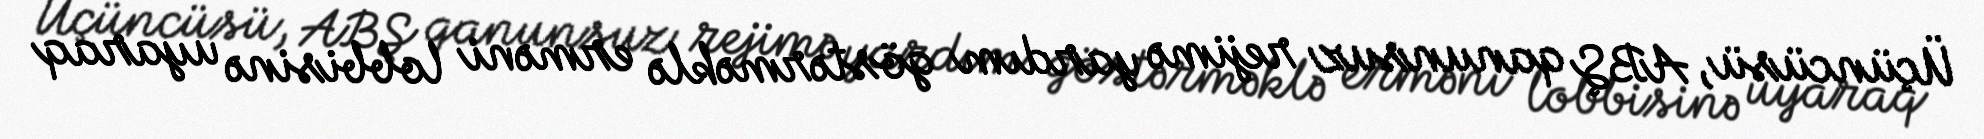
Üçüncüsü, ABŞ qanunsuz rejimə yardım göstərməklə erməni lobbisinə uyaraq